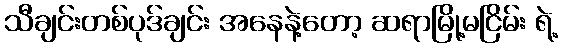
သီချင်းတစ်ပုဒ်ချင်း အနေနဲ့တော့ ဆရာမြို့မငြိမ်း ရဲ့